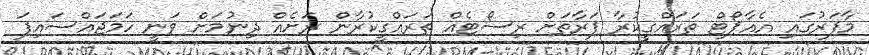
މާފަރުގައި އެއާޕޯޓް ތަރައްގީކުރާ ފަރާތަށް ރިސޯޓެއް ތަރައްގީކުރާން ރަށެއް ދިނުމަށް ވަނީ ހަމަޖައްސައިފަ